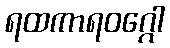
ရထကာရဝဂ္ဂေါ